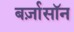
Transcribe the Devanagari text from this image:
बर्ज़ासॉन